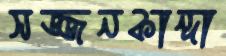
সজ্জনকান্দা